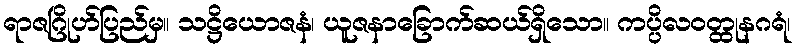
ရာဇဂြိုဟ်ပြည်မှ။ သဋ္ဌိယောဇနံ၊ ယူဇနာခြောက်ဆယ်ရှိသော။ ကပ္ပိလဝတ္ထုနဂရံ၊